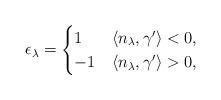
LaTeX: \begin{align*}\epsilon_{\lambda}=\begin{cases}1 & \langle n_{\lambda}, \gamma'\rangle <0,\\-1 & \langle n_{\lambda}, \gamma'\rangle >0,\end{cases}\end{align*}